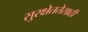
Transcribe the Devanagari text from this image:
सुरक्षेततेसाठी